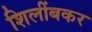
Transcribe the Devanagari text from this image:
शिलींबकर